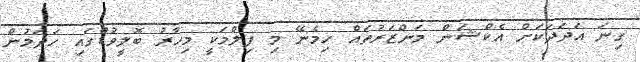
ގިނަ އަދަދަކަށް އެކްޝަން މަންޒަރުތައް ހިމެނޭ މި ފިލްމަކީ މިހާރު ބޮލީވުޑްގައި ހަދަމުން